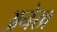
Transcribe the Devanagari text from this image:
अनेख